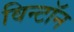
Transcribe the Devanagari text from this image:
विन्टॉन